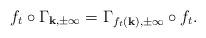
LaTeX: \begin{align*}f_t \circ \Gamma_{\mathbf{k},\pm\infty} = \Gamma_{f_t(\mathbf{k}),\pm\infty} \circ f_t.\end{align*}